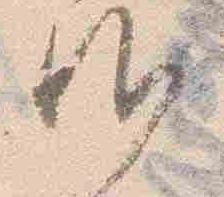
候